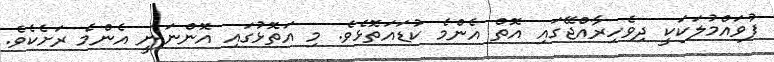
ފުވައްމުލަކަކީ ދިވެހިރާއްޖޭގައި އޮތް އެންމެ ކުޑައަތޮޅެވެ. މި އަތޮޅުގައި އޮންނަނީ އެންމެ ރަށެކެވެ.